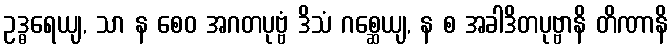
ဥဒ္ဓရေယျ, သာ န စေဝ အဂတပုဗ္ဗံ ဒိသံ ဂစ္ဆေယျ, န စ အခါဒိတပုဗ္ဗာနိ တိဏာနိ